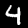
Label: 4